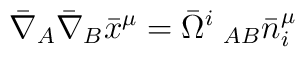
\bar{\nabla}_{A}\bar{\nabla}_{B}\bar{x}^\mu=\bar{\Omega}^{i}\;_{AB}\bar{n}^\mu_{i}